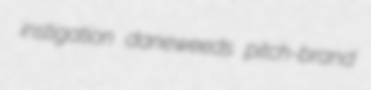
instigation daneweeds pitch-brand